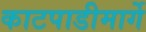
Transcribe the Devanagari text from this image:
काटपाडीमार्गे